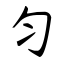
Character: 匀